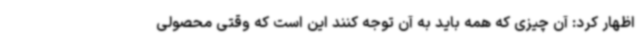
اظهار کرد: آن چیزی که همه باید به آن توجه کنند این است که وقتی محصولی